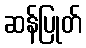
ဆန်ပြုတ်